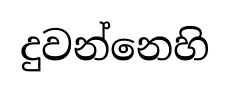
දුවන්නෙහි